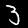
Digit: 3